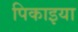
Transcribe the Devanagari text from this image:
पिकाइया